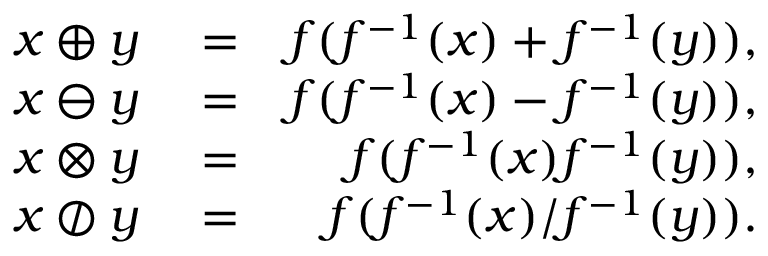
\begin{array} { r l r } { x \oplus y } & { { } = } & { f ( f ^ { - 1 } ( x ) + f ^ { - 1 } ( y ) ) , } \\ { x \ominus y } & { { } = } & { f ( f ^ { - 1 } ( x ) - f ^ { - 1 } ( y ) ) , } \\ { x \otimes y } & { { } = } & { f ( f ^ { - 1 } ( x ) f ^ { - 1 } ( y ) ) , } \\ { x \oslash y } & { { } = } & { f ( f ^ { - 1 } ( x ) / f ^ { - 1 } ( y ) ) . } \end{array}